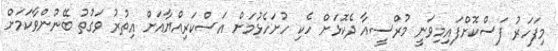
މިފަހަރު ފަސްކޮށްފައިމިވަނީ މުރްސީއާ ދެކޮޅަށް ހެކި ހުށަހެޅުމަށް އަސްކަރިއްޔާއަށް އިތުރު ވަގުތު ބޭނުންވާކަމަށް